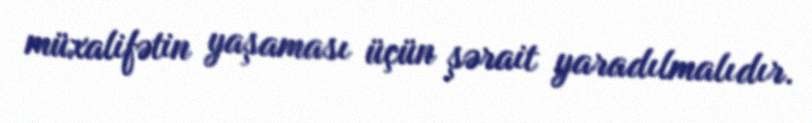
müxalifətin yaşaması üçün şərait yaradılmalıdır.